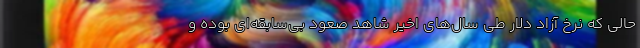
حالی که نرخ آزاد دلار طی سال‌های اخیر شاهد صعود بی‌سابقه‌ای بوده و